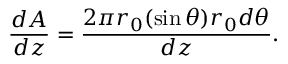
\frac { d A } { d z } = \frac { 2 \pi r _ { 0 } ( \sin \theta ) r _ { 0 } d \theta } { d z } .